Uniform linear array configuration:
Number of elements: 32
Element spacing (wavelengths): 0.75
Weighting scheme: cosine
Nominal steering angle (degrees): -60
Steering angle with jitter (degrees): -58.189
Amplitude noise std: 0.05
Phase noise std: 0.05

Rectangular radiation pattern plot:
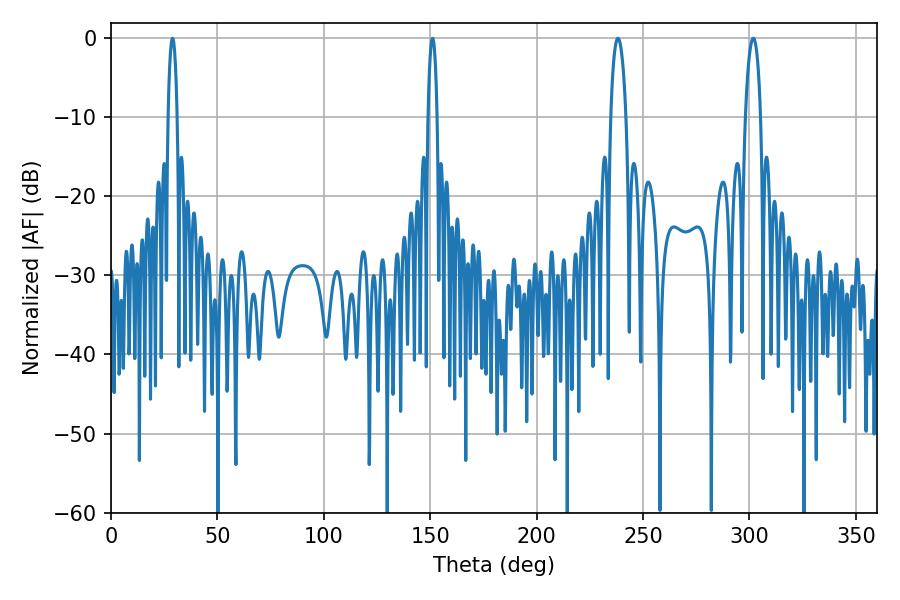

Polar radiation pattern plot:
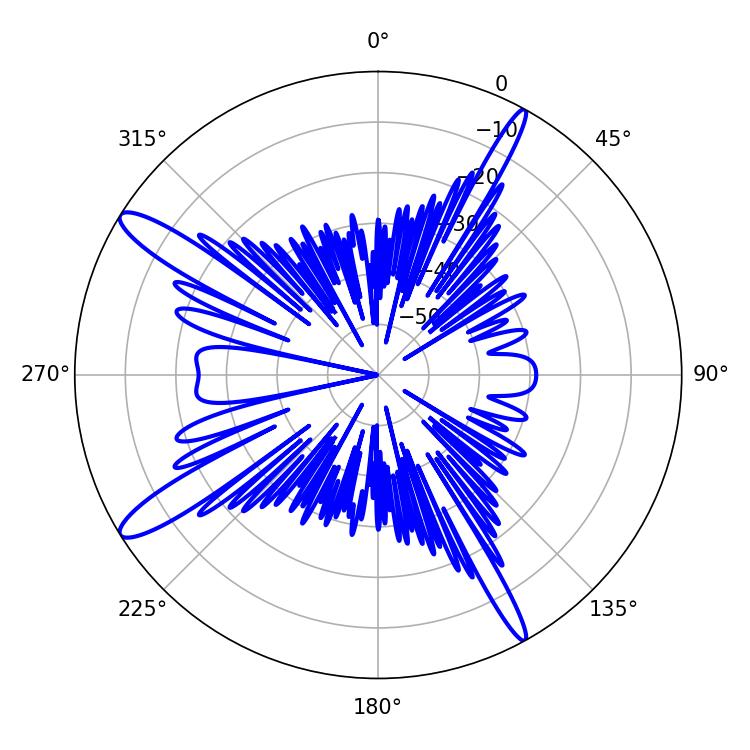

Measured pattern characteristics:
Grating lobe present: TRUE
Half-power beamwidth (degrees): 4.14
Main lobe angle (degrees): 301.86